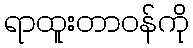
ရာထူးတာဝန်ကို